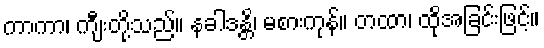
ကာကာ၊ ကျီးတို့သည်။ နခါဒန္တိ၊ မစားကုန်။ တထာ၊ ထိုအခြင်းဖြင့်။